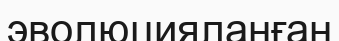
эволюцияланған